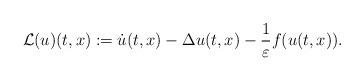
LaTeX: \begin{align*}\mathcal{L} (u)(t,x) := \dot{u}(t,x) - \Delta u(t,x) - \frac{1}{\varepsilon}f(u(t,x)). \end{align*}